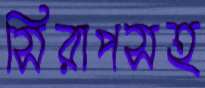
সিরাপসহ